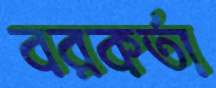
বরকর্তা